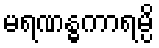
မရဏန္ဓကာရမ္ပိ